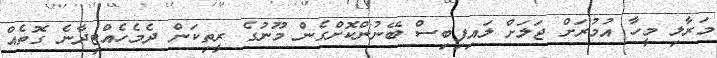
މަރާލި މީހާ އުމުރަށް ޖަލަށް ލައިފިބިސް ބޭނުންކޮށްގެން މޫނުގެ ރީތިކަން ދެމެހެއްޓިދާނެ ގޮތެއް